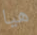
هيا